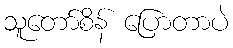
သူတော်စိန် ပြောတာပဲ